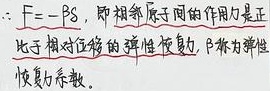
\(\therefore F = -\beta S\)，即相邻原子间的作用力是正比于相对位移的弹性恢复力，\(\beta\)称为弹性恢复力系数。